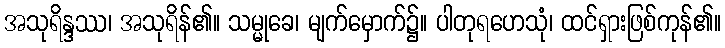
အသုရိန္ဒဿ၊ အသုရိန်၏။ သမ္မုခေ၊ မျက်မှောက်၌။ ပါတုရဟေသုံ၊ ထင်ရှားဖြစ်ကုန်၏။